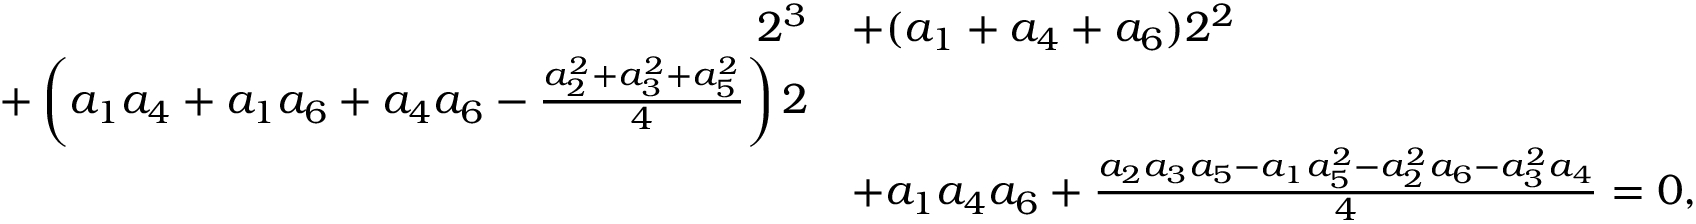
\begin{array} { r l } { 2 ^ { 3 } } & { + ( a _ { 1 } + a _ { 4 } + a _ { 6 } ) 2 ^ { 2 } } \\ { + \left( a _ { 1 } a _ { 4 } + a _ { 1 } a _ { 6 } + a _ { 4 } a _ { 6 } - \frac { a _ { 2 } ^ { 2 } + a _ { 3 } ^ { 2 } + a _ { 5 } ^ { 2 } } { 4 } \right) 2 } \\ & { + a _ { 1 } a _ { 4 } a _ { 6 } + \frac { a _ { 2 } a _ { 3 } a _ { 5 } - a _ { 1 } a _ { 5 } ^ { 2 } - a _ { 2 } ^ { 2 } a _ { 6 } - a _ { 3 } ^ { 2 } a _ { 4 } } { 4 } = 0 , } \end{array}